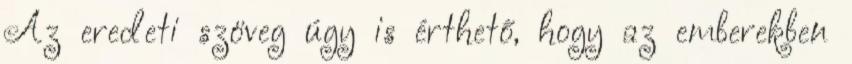
Az eredeti szöveg úgy is érthető, hogy az emberekben